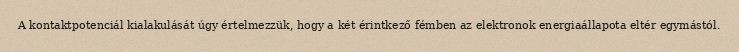
A kontaktpotenciál kialakulását úgy értelmezzük, hogy a két érintkező fémben az elektronok energiaállapota eltér egymástól.